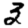
Digit: 3